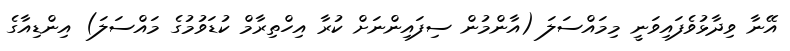
އޭނާ ވިދާޅުވެފައިވަނީ މިމައްސަލަ (އާންމުން ސިފައިންނަށް ކުރާ އިހްތިރާމް ކުޑަވުމުގެ މައްސަލަ) އިންޑިއާގެ